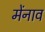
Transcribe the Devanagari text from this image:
मेंनाव